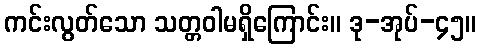
ကင်းလွတ်သော သတ္တဝါမရှိကြောင်း။ ဒု-အုပ်-၄၅။